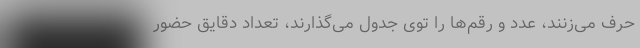
حرف می‌زنند، عدد و رقم‌ها را توی جدول می‌گذارند، تعداد دقایق حضور